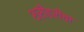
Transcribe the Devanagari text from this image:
श्रीहरींचा